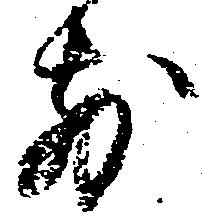
前